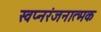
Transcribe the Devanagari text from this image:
स्वप्नरंजनात्मक